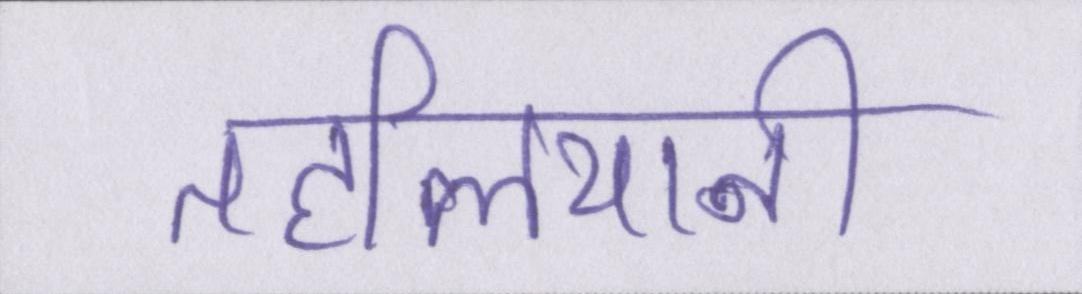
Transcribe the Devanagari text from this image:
तहलियानी